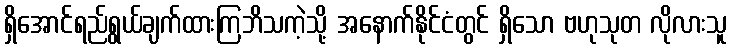
ရှိအောင်ရည်ရွယ်ချက်ထားကြဘိသကဲ့သို့ အနောက်နိုင်ငံတွင် ရှိသော ဗဟုသုတ လိုလားသူ